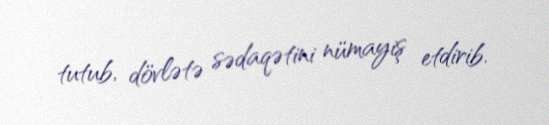
tutub, dövlətə sədaqətini nümayiş etdirib.